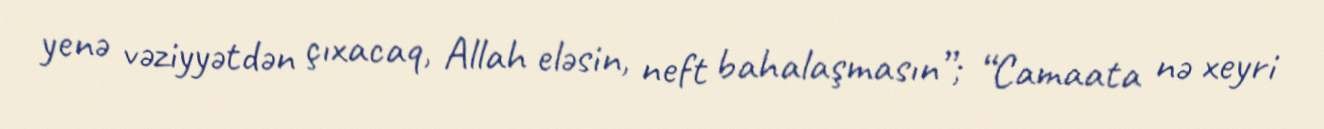
yenə vəziyyətdən çıxacaq, Allah eləsin, neft bahalaşmasın”; “Camaata nə xeyri